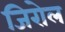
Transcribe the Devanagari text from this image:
जिरोल